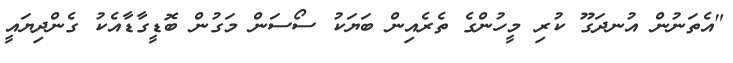
"އެތަނުން އުނދަގޫ ކުރި މީހުންގެ ތެރެއިން ބަޔަކު ސޯސަން މަގުން ބޮޑީގާޑާއެކު ގެންދިޔައީ